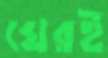
ঘেরই